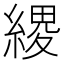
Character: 𦃩